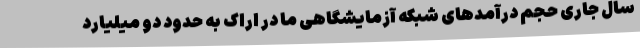
سال جاری حجم درآمدهای شبکه آزمایشگاهی ما در اراک به حدود دو میلیارد